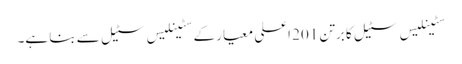
سٹینلیس سٹیل کا برتن 201 اعلی معیار کے سٹینلیس سٹیل سے بنا ہے۔